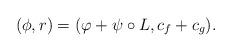
LaTeX: \begin{align*}(\phi,r) = (\varphi+\psi\circ L, c_f + c_g).\end{align*}